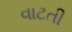
વાટતી